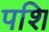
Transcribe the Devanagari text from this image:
पशि